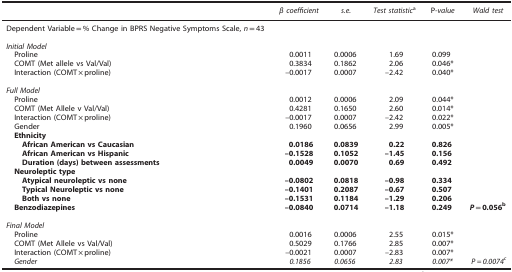
<table><thead><tr><td><b> </b></td><td><b><i>β coefficient</i></b></td><td><b><i>s.e.</i></b></td><td><b><i>Test statistic</i>a</b></td><td><b>P<i>-value</i></b></td><td><b><i>Wald test</i></b></td></tr></thead><tbody><tr><td>Dependent Variable=% Change in BPRS Negative Symptoms Scale, <i>n</i>=43</td><td> </td><td> </td><td> </td><td> </td><td> </td></tr><tr><td> </td><td> </td><td> </td><td> </td><td> </td><td> </td></tr><tr><td><i>Initial Model</i></td><td> </td><td> </td><td> </td><td> </td><td> </td></tr><tr><td> Proline</td><td>0.0011</td><td>0.0006</td><td>1.69</td><td>0.099</td><td> </td></tr><tr><td> COMT (Met allele vs Val/Val)</td><td>0.3834</td><td>0.1862</td><td>2.06</td><td>0.046*</td><td> </td></tr><tr><td> Interaction (COMT × proline)</td><td>–0.0017</td><td>0.0007</td><td>–2.42</td><td>0.040*</td><td> </td></tr><tr><td> </td><td> </td><td> </td><td> </td><td> </td><td> </td></tr><tr><td><i>Full Model</i></td><td> </td><td> </td><td> </td><td> </td><td> </td></tr><tr><td> Proline</td><td>0.0012</td><td>0.0006</td><td>2.09</td><td>0.044*</td><td> </td></tr><tr><td> COMT (Met Allele v Val/Val)</td><td>0.4281</td><td>0.1650</td><td>2.60</td><td>0.014*</td><td> </td></tr><tr><td> Interaction (COMT × proline)</td><td>–0.0017</td><td>0.0007</td><td>–2.42</td><td>0.022*</td><td> </td></tr><tr><td> Gender</td><td>0.1960</td><td>0.0656</td><td>2.99</td><td>0.005*</td><td> </td></tr><tr><td colspan="6"><b> Ethnicity</b></td></tr><tr><td><b>African American vs Caucasian</b></td><td><b>0.0186</b></td><td><b>0.0839</b></td><td><b>0.22</b></td><td><b>0.826</b></td><td> </td></tr><tr><td><b>African American vs Hispanic</b></td><td><b>–0.1528</b></td><td><b>0.1052</b></td><td><b>–1.45</b></td><td><b>0.156</b></td><td> </td></tr><tr><td><b>Duration (days) between assessments</b></td><td><b>0.0049</b></td><td><b>0.0070</b></td><td><b>0.69</b></td><td><b>0.492</b></td><td> </td></tr><tr><td colspan="6"><b> Neuroleptic type</b></td></tr><tr><td><b>Atypical neuroleptic vs none</b></td><td><b>–0.0802</b></td><td><b>0.0818</b></td><td><b>–0.98</b></td><td><b>0.334</b></td><td> </td></tr><tr><td><b>Typical Neuroleptic vs none</b></td><td><b>–0.1401</b></td><td><b>0.2087</b></td><td><b>–0.67</b></td><td><b>0.507</b></td><td> </td></tr><tr><td><b>Both vs none</b></td><td><b>–0.1531</b></td><td><b>0.1184</b></td><td><b>–1.29</b></td><td><b>0.206</b></td><td> </td></tr><tr><td><b> Benzodiazepines</b></td><td><b>–0.0840</b></td><td><b>0.0714</b></td><td><b>–1.18</b></td><td><b>0.249</b></td><td><b><i>P</i>=0.056</b>b</td></tr><tr><td> </td><td> </td><td> </td><td> </td><td> </td><td> </td></tr><tr><td colspan="6"><i>Final Model</i></td></tr><tr><td> Proline</td><td>0.0016</td><td>0.0006</td><td>2.55</td><td>0.015*</td><td> </td></tr><tr><td> COMT (Met Allele vs Val/Val)</td><td>0.5029</td><td>0.1766</td><td>2.85</td><td>0.007*</td><td> </td></tr><tr><td> Interaction (COMT × proline)</td><td>–0.0021</td><td>0.0007</td><td>–2.83</td><td>0.007*</td><td> </td></tr><tr><td><i> Gender</i></td><td><i>0.1856</i></td><td><i>0.0656</i></td><td><i>2.83</i></td><td><i>0.007*</i></td><td><i>P=0.0074</i>c</td></tr></tbody></table>